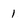
Character: 1